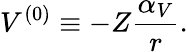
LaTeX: V^{(0)}\equiv-Z{\frac{\alpha_{V}}{r}}.